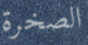
الصخرة